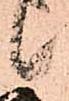
候